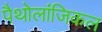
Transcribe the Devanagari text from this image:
पैथोलांजिकल